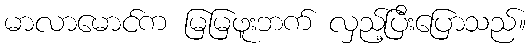
မာလာမောင်က မြမြဖူးဘက် လှည့်ပြီးပြောသည်။